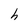
Character: h